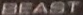
BEAST